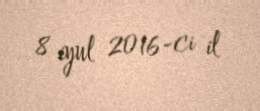
8 iyul 2016-ci il